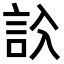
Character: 𧦁